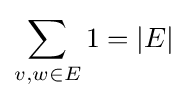
\sum _{{v,w}\in E}1=|E|